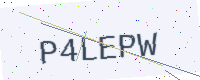
Text: P4LEPW